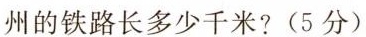
州的铁路长多少千米?(5分)